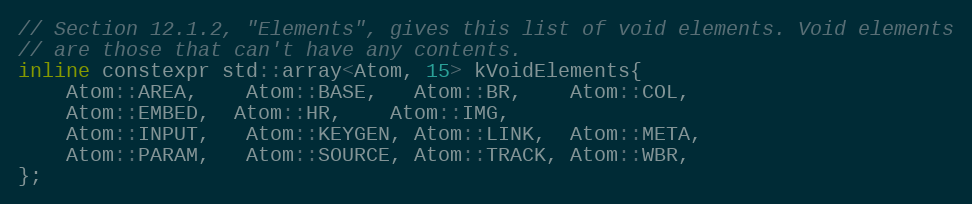
Language: C
// Section 12.1.2, "Elements", gives this list of void elements. Void elements
// are those that can't have any contents.
inline constexpr std::array<Atom, 15> kVoidElements{
    Atom::AREA,    Atom::BASE,   Atom::BR,    Atom::COL,
    Atom::EMBED,  Atom::HR,    Atom::IMG,
    Atom::INPUT,   Atom::KEYGEN, Atom::LINK,  Atom::META,
    Atom::PARAM,   Atom::SOURCE, Atom::TRACK, Atom::WBR,
};